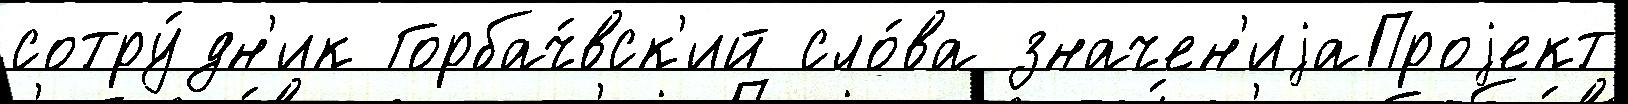
сотру́дн'ик Горбач́вск'ий сло́ва значен'иjаПроjект